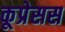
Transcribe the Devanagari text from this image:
कूप्रेसस